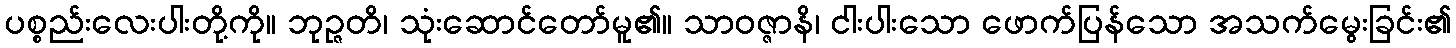
ပစ္စည်းလေးပါးတို့ကို။ ဘုဉ္ဇတိ၊ သုံးဆောင်တော်မူ၏။ သာဝဇ္ဇာနိ၊ ငါးပါးသော ဖောက်ပြန်သော အသက်မွေးခြင်း၏